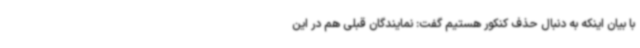
با بیان اینکه به دنبال حذف کنکور هستیم گفت: نمایندگان قبلی هم در این